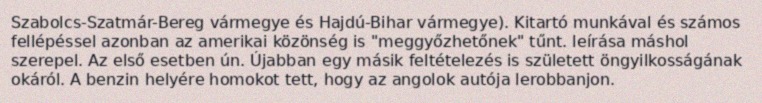
Szabolcs-Szatmár-Bereg vármegye és Hajdú-Bihar vármegye). Kitartó munkával és számos fellépéssel azonban az amerikai közönség is "meggyőzhetőnek" tűnt. leírása máshol szerepel. Az első esetben ún. Újabban egy másik feltételezés is született öngyilkosságának okáról. A benzin helyére homokot tett, hogy az angolok autója lerobbanjon.